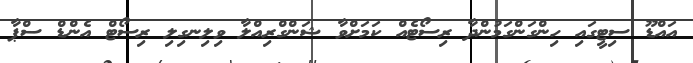
އައްޑޫ ސިޓީގައި ހިންގަންގަމުންދާ ރިސޯޓެއް ކަމަށްވާ ޝަންގްރިއްލާ ވިލިނގިލި ރިސޯޓް އެންޑް ސްޕާ